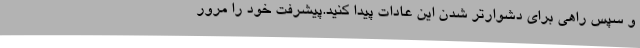
و سپس راهی برای دشوارتر شدن این عادات پیدا کنید.پیشرفت خود را مرور